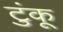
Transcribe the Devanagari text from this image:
टुंकू